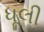
ધૂલી